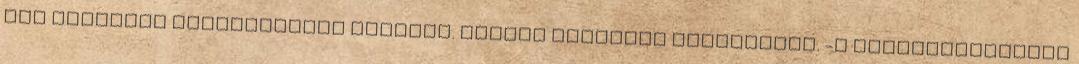
meg Haruhiko visszajöttek hozzánk. Ezután Haruhiko megszólalt. -A felderítőtőktől